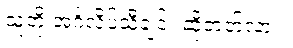
သူတို့ အင်္ဂလိပ်သီချင်း ဆိုတတ်လား။